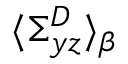
\langle \Sigma _ { y z } ^ { D } \rangle _ { \beta }